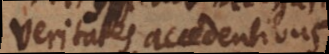
veritates accedentibus